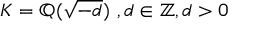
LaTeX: K = \mathbb { Q } ( { \sqrt { - d } } ) \ , d \in \mathbb { Z } , d > 0